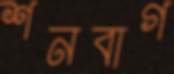
শনবাগ